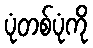
ပုံတစ်ပုံကို